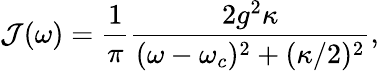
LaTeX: \mathcal{J}(\omega)=\frac{1}{\pi}\frac{2g^{2}\kappa}{(\omega-\omega_{c})^{2}+(\kappa/2)^{2}},